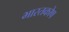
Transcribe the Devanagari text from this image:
भारतकोष